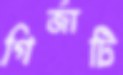
গির্জাটি